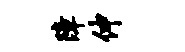
障伸